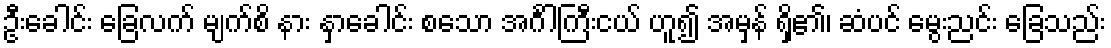
ဦးခေါင်း ခြေလက် မျက်စိ နား နှာခေါင်း စသော အင်္ဂါကြီးငယ် ဟူ၍ အမှန် ရှိ၏၊ ဆံပင် မွေးညင်း ခြေသည်း